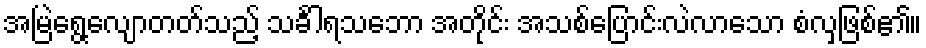
အမြဲရွေ့လျောတတ်သည့် သင်္ခါရသဘော အတိုင်း အသစ်ပြောင်းလဲလာသော စံလှဖြစ်၏။